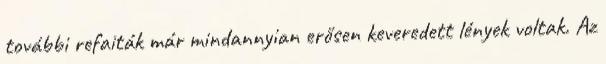
további refaiták már mindannyian erősen keveredett lények voltak. Az